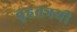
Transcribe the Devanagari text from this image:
वृहतत्रयी